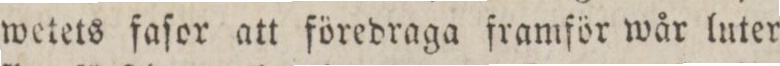
wetets faſor att föredraga framför wår luter=